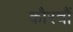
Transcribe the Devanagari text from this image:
कौरवौं